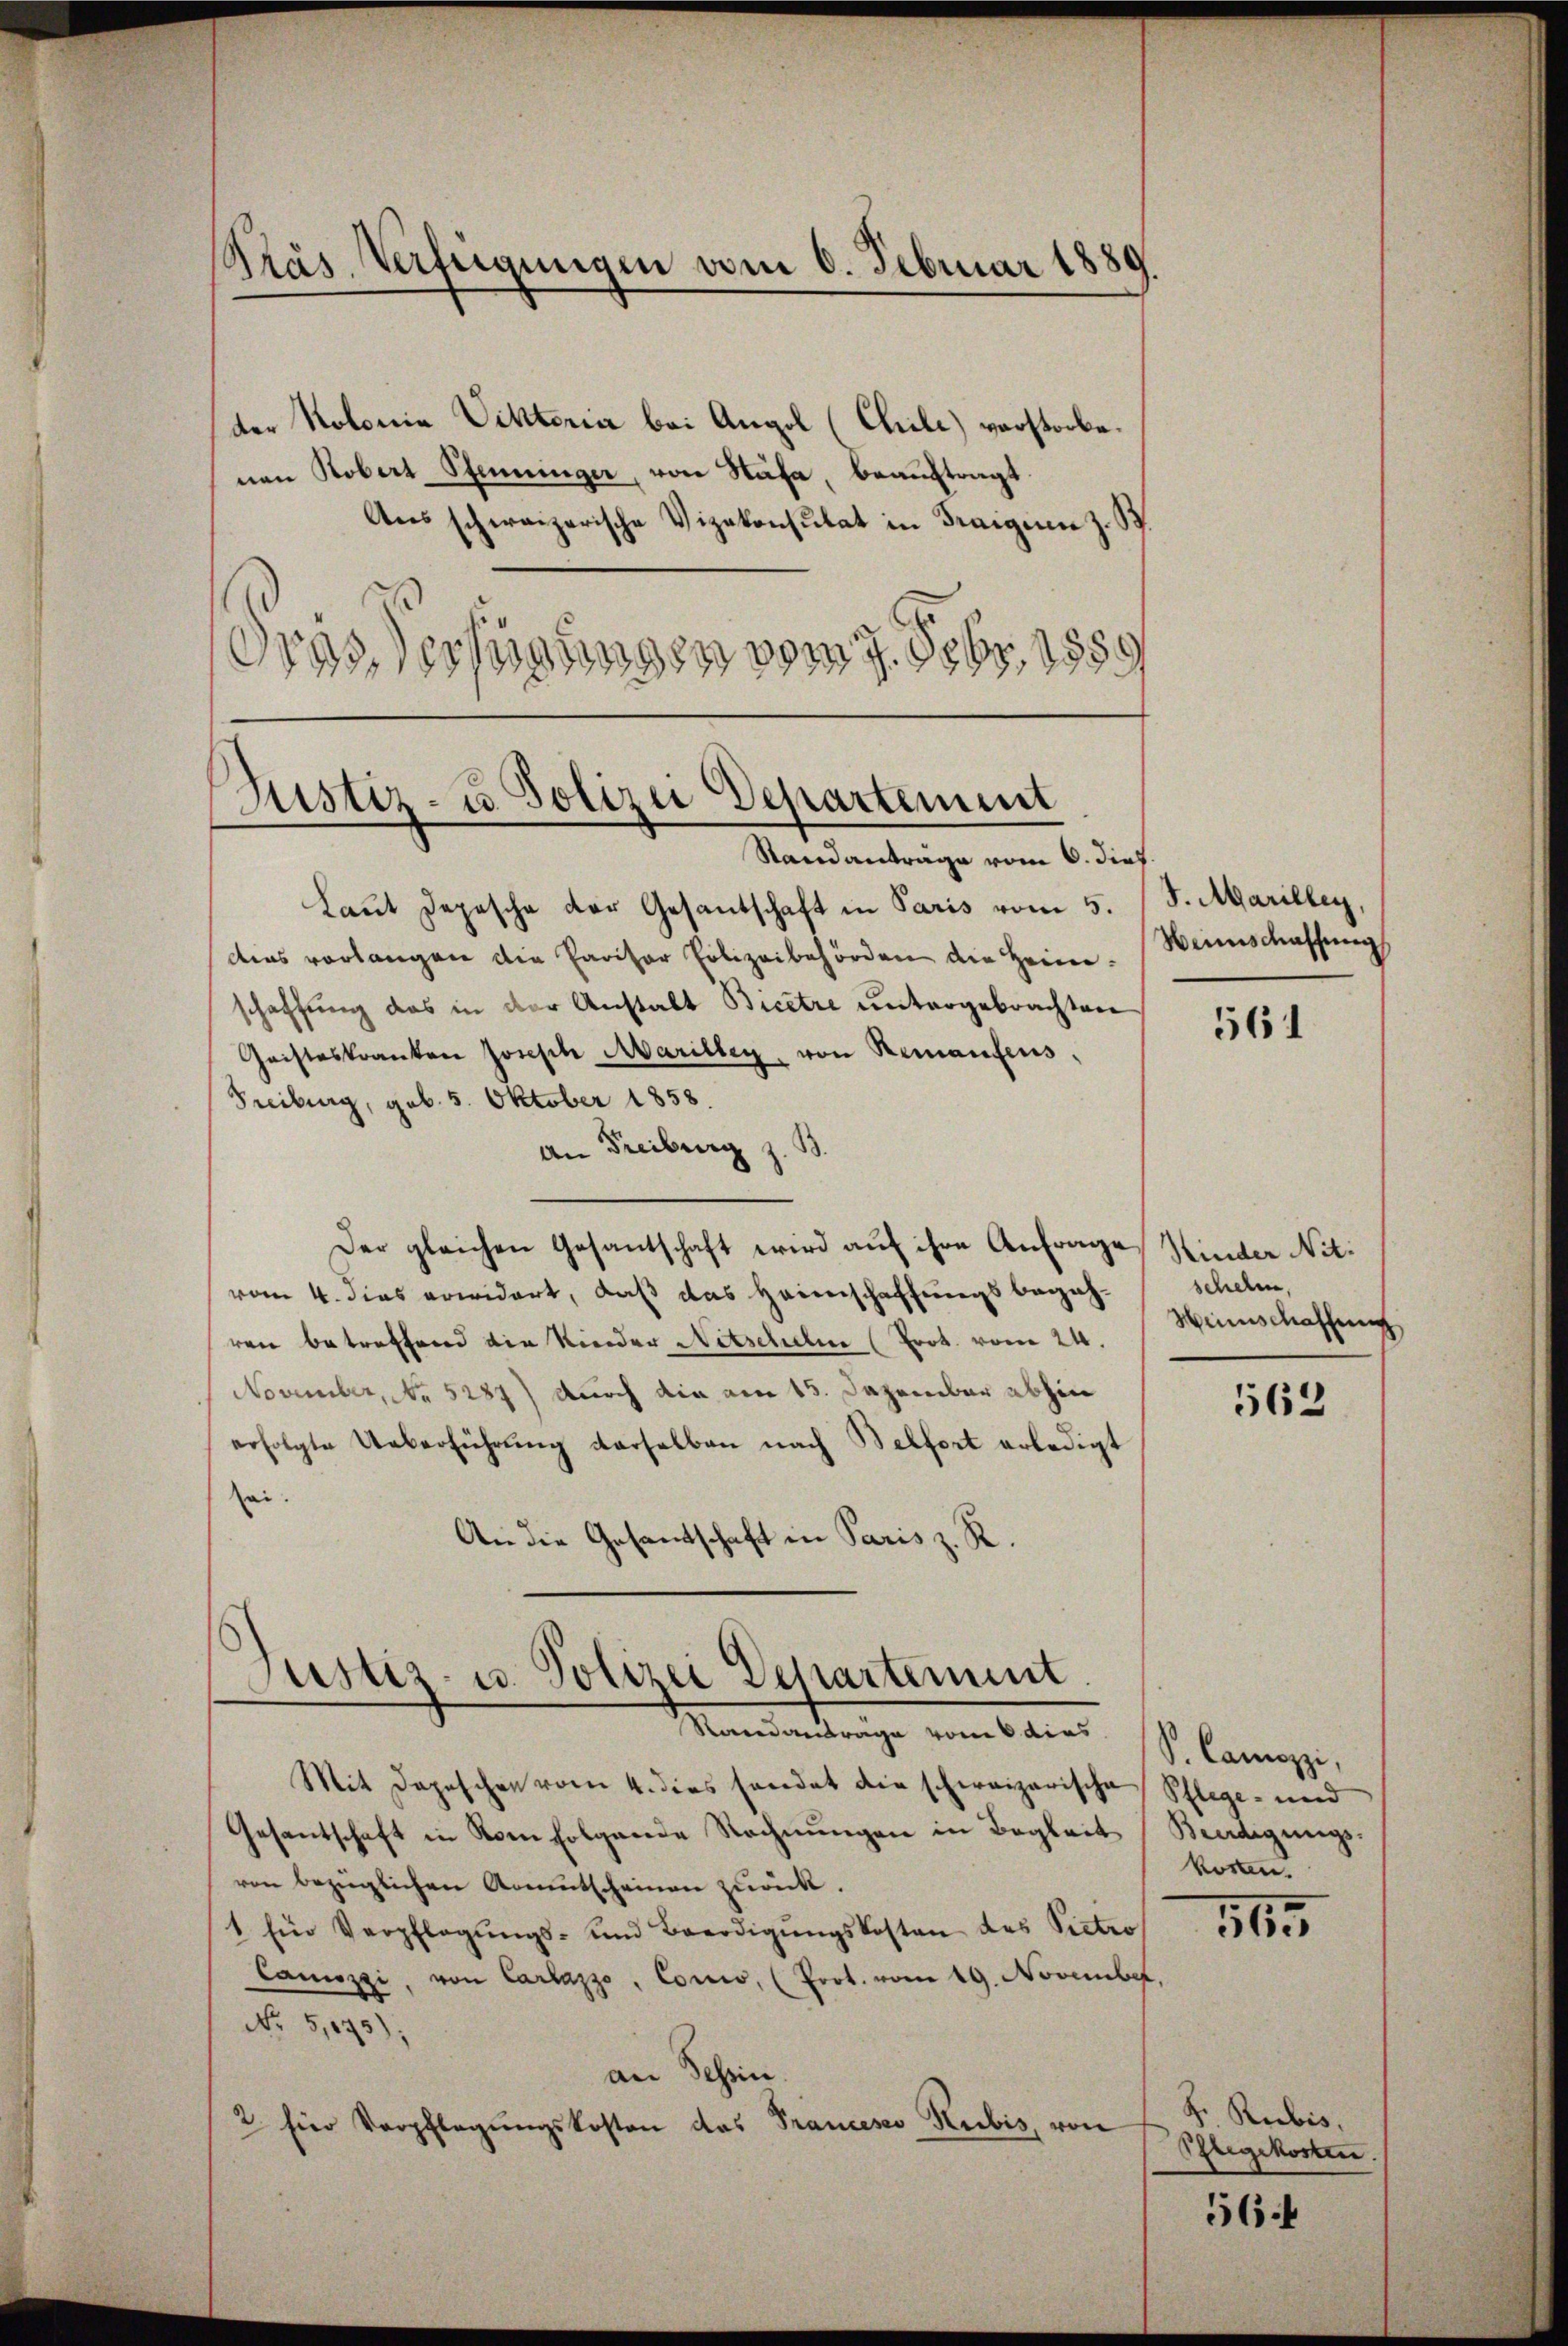
der Kolonia Viktoria bei Angel (Chile) vorstorbe.
nen Robert Pfenninger, von Stäfa, beauftragt.
Ausschweizerische Vizekonsulat in Fraiguen z. B.
dras Verfügungen vom 7. Febr. 1889

Pas Verfügungen vom 6. Februar 1889.

Justiz- u. Polizei Departement
Standanträge vom 6. dies

Justiz- u. Polizei Departement.
Manstandernige von Ober

Laut Depesche der Gesantschaft in Paris vom 5.
des verlangen die Pariser Polizeibehörden die Heim. Weinschaffung
schaffung das in der Anstalt Bicetre untergebrachten
Geisteskranken Joseph Marilleg, von Remanfens,
Freiburg, geb. 5. Oktober 1858
An Freiburg z. B.
Der gleichen Gesantschaft wird auf ihre Anfrage Kinder Nitvom 4. dies erwidert, daß das Heimschaffungsbegehren betreffend die Kinder Nitscheln (Frot. vom 24.
November, No 5287) durch die am 15. Dezember abhin
erfolgte Ueberführung derselben nach Belfort erledigt
ei.
An die Gesandtschaft in Paris z. R.

S. Marillen,

Mit Depeschen vom 4. dies handet die schweizerische Schlege- und
Gesantschaft in Norfolgende Rechnŭngen in Begleit Beerdigungs-
ven bezüglichen Komentscheinen zurück.
1. Ein Verpflegŭngs- und Beerdigŭngskosten des Victro
Canizzi, von Carlazzo, Como, (Prot. vom 19. November,
No 5,075):
an Schin.
2 für Verpflegŭngskosten das Prancesco Kubis, von

561

schehen,
Heinschaffung

562

S. Camezzi,
koren.

565

F. Ribis,
Pflegekosten.

564